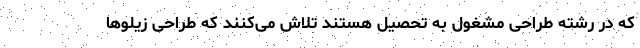
که در رشته طراحی مشغول به تحصیل هستند تلاش می‌کنند که طراحی زیلوها